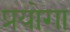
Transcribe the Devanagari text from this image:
प्रयोगा